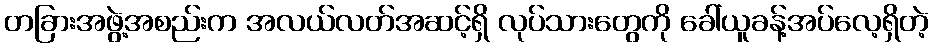
တခြားအဖွဲ့အစည်းက အလယ်လတ်အဆင့်ရှိ လုပ်သားတွေကို ခေါ်ယူခန့်အပ်လေ့ရှိတဲ့